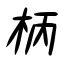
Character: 柄